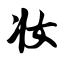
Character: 妆